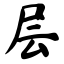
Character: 层